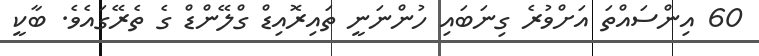
60 އިންސައްތަ އަށްވުރެ ގިނަބައި ހުންނަނީ ތައިރޮއިޑް ގްލޭންޑް ގެ ތެރޭގައެވެ. ބާކީ